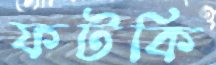
ফটকি